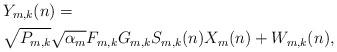
LaTeX: \begin{align*} &Y_{m, k} (n) = \\ &\sqrt{P_{m,k}} \sqrt{\alpha_m} F_{m, k} G_{m,k} S_{m, k} (n) X_m (n) + W_{m, k} (n), \end{align*}